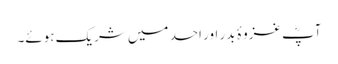
آپؓ غزوۂ بدر اور احد میں شریک ہوئے۔